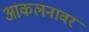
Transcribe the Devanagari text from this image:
आकलनावर